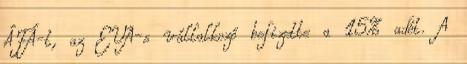
ÁFÁ-t, az EVA-s vállalkozó befizette a 15% adót. A